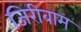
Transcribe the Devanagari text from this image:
जिरीबाम